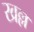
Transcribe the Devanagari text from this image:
खल्ल